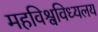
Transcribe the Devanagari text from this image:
महविश्वविध्यलय